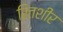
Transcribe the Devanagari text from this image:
रितशीर